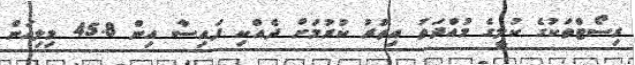
ރިސޯޓްތަކުގެ ކުލީގެ މުއްދަތު އިތުރު ކުރުމަށް ދެއްކި ފައިސާ އިން 45.8 މިލިއަން